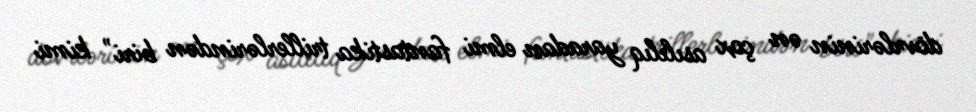
dövrlərinin ən çox asılılıq yaradan elmi fantastika trillerlərindən biri" kimi